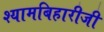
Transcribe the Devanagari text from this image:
श्यामबिहारीजी